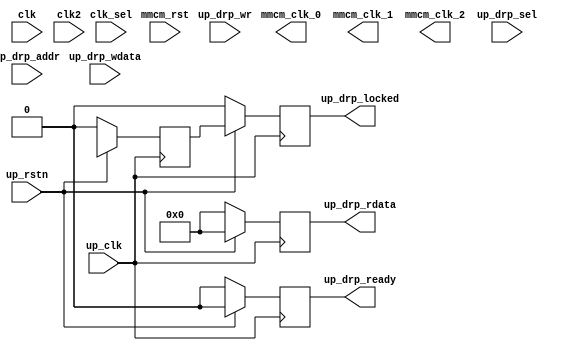
// ***************************************************************************
// ***************************************************************************
// Copyright (C) 2014-2023 Analog Devices, Inc. All rights reserved.
//
// In this HDL repository, there are many different and unique modules, consisting
// of various HDL (Verilog or VHDL) components. The individual modules are
// developed independently, and may be accompanied by separate and unique license
// terms.
//
// The user should read each of these license terms, and understand the
// freedoms and responsibilities that he or she has by using this source/core.
//
// This core is distributed in the hope that it will be useful, but WITHOUT ANY
// WARRANTY; without even the implied warranty of MERCHANTABILITY or FITNESS FOR
// A PARTICULAR PURPOSE.
//
// Redistribution and use of source or resulting binaries, with or without modification
// of this file, are permitted under one of the following two license terms:
//
//   1. The GNU General Public License version 2 as published by the
//      Free Software Foundation, which can be found in the top level directory
//      of this repository (LICENSE_GPL2), and also online at:
//      <https://www.gnu.org/licenses/old-licenses/gpl-2.0.html>
//
// OR
//
//   2. An ADI specific BSD license, which can be found in the top level directory
//      of this repository (LICENSE_ADIBSD), and also on-line at:
//      https://github.com/analogdevicesinc/hdl/blob/main/LICENSE_ADIBSD
//      This will allow to generate bit files and not release the source code,
//      as long as it attaches to an ADI device.
//
// ***************************************************************************
// ***************************************************************************
// MMCM_OR_BUFR_N with DRP and device specific

`timescale 1ns/100ps

module ad_mmcm_drp #(

  parameter   FPGA_TECHNOLOGY = 0,
  parameter   MMCM_CLKIN_PERIOD  = 1.667,
  parameter   MMCM_CLKIN2_PERIOD  = 1.667,
  parameter   MMCM_VCO_DIV  = 6,
  parameter   MMCM_VCO_MUL = 12.000,
  parameter   MMCM_CLK0_DIV = 2.000,
  parameter   MMCM_CLK0_PHASE = 0.000,
  parameter   MMCM_CLK1_DIV = 6,
  parameter   MMCM_CLK1_PHASE = 0.000,
  parameter   MMCM_CLK2_DIV = 2.000,
  parameter   MMCM_CLK2_PHASE = 0.000
) (

  // clocks

  input                   clk,
  input                   clk2,
  input                   clk_sel,
  input                   mmcm_rst,
  output                  mmcm_clk_0,
  output                  mmcm_clk_1,
  output                  mmcm_clk_2,

  // drp interface

  input                   up_clk,
  input                   up_rstn,
  input                   up_drp_sel,
  input                   up_drp_wr,
  input       [11:0]      up_drp_addr,
  input       [15:0]      up_drp_wdata,
  output  reg [15:0]      up_drp_rdata,
  output  reg             up_drp_ready,
  output  reg             up_drp_locked
);

  localparam  SEVEN_SERIES = 1;
  localparam  ULTRASCALE = 2;
  localparam  ULTRASCALE_PLUS = 3;

  // internal registers

  reg             up_drp_locked_m1 = 'd0;

  // internal signals

  wire            bufg_fb_clk_s;
  wire            mmcm_fb_clk_s;
  wire            mmcm_clk_0_s;
  wire            mmcm_clk_1_s;
  wire            mmcm_clk_2_s;
  wire            mmcm_locked_s;
  wire    [15:0]  up_drp_rdata_s;
  wire            up_drp_ready_s;

  // drp read and locked

  always @(posedge up_clk) begin
    if (up_rstn == 1'b0) begin
      up_drp_rdata <= 'd0;
      up_drp_ready <= 'd0;
      up_drp_locked_m1 <= 1'd0;
      up_drp_locked <= 1'd0;
    end else begin
      up_drp_rdata <= up_drp_rdata_s;
      up_drp_ready <= up_drp_ready_s;
      up_drp_locked_m1 <= mmcm_locked_s;
      up_drp_locked <= up_drp_locked_m1;
    end
  end

  // instantiations

  generate
  if (FPGA_TECHNOLOGY == SEVEN_SERIES) begin
    MMCME2_ADV #(
      .BANDWIDTH ("OPTIMIZED"),
      .CLKOUT4_CASCADE ("FALSE"),
      .COMPENSATION ("ZHOLD"),
      .STARTUP_WAIT ("FALSE"),
      .DIVCLK_DIVIDE (MMCM_VCO_DIV),
      .CLKFBOUT_MULT_F (MMCM_VCO_MUL),
      .CLKFBOUT_PHASE (0.000),
      .CLKFBOUT_USE_FINE_PS ("FALSE"),
      .CLKOUT0_DIVIDE_F (MMCM_CLK0_DIV),
      .CLKOUT0_PHASE (MMCM_CLK0_PHASE),
      .CLKOUT0_DUTY_CYCLE (0.500),
      .CLKOUT0_USE_FINE_PS ("FALSE"),
      .CLKOUT1_DIVIDE (MMCM_CLK1_DIV),
      .CLKOUT1_PHASE (MMCM_CLK1_PHASE),
      .CLKOUT1_DUTY_CYCLE (0.500),
      .CLKOUT1_USE_FINE_PS ("FALSE"),
      .CLKOUT2_DIVIDE (MMCM_CLK2_DIV),
      .CLKOUT2_PHASE (MMCM_CLK2_PHASE),
      .CLKOUT2_DUTY_CYCLE (0.500),
      .CLKOUT2_USE_FINE_PS ("FALSE"),
      .CLKIN1_PERIOD (MMCM_CLKIN_PERIOD),
      .CLKIN2_PERIOD (MMCM_CLKIN2_PERIOD),
      .REF_JITTER1 (0.010)
    ) i_mmcm (
      .CLKIN1 (clk),
      .CLKFBIN (bufg_fb_clk_s),
      .CLKFBOUT (mmcm_fb_clk_s),
      .CLKOUT0 (mmcm_clk_0_s),
      .CLKOUT1 (mmcm_clk_1_s),
      .CLKOUT2 (mmcm_clk_2_s),
      .LOCKED (mmcm_locked_s),
      .DCLK (up_clk),
      .DEN (up_drp_sel),
      .DADDR (up_drp_addr[6:0]),
      .DWE (up_drp_wr),
      .DI (up_drp_wdata),
      .DO (up_drp_rdata_s),
      .DRDY (up_drp_ready_s),
      .CLKFBOUTB (),
      .CLKOUT0B (),
      .CLKOUT1B (),
      .CLKOUT2B (),
      .CLKOUT3 (),
      .CLKOUT3B (),
      .CLKOUT4 (),
      .CLKOUT5 (),
      .CLKOUT6 (),
      .CLKIN2 (clk2),
      .CLKINSEL (clk_sel),
      .PSCLK (1'b0),
      .PSEN (1'b0),
      .PSINCDEC (1'b0),
      .PSDONE (),
      .CLKINSTOPPED (),
      .CLKFBSTOPPED (),
      .PWRDWN (1'b0),
      .RST (mmcm_rst));

      BUFG i_fb_clk_bufg (
        .I (mmcm_fb_clk_s),
        .O (bufg_fb_clk_s));

      BUFG i_clk_0_bufg (
        .I (mmcm_clk_0_s),
        .O (mmcm_clk_0));

      BUFG i_clk_1_bufg (
        .I (mmcm_clk_1_s),
        .O (mmcm_clk_1));

      BUFG i_clk_2_bufg (
        .I (mmcm_clk_2_s),
        .O (mmcm_clk_2));

  end else if (FPGA_TECHNOLOGY == ULTRASCALE) begin
    MMCME3_ADV #(
      .BANDWIDTH ("OPTIMIZED"),
      .CLKOUT4_CASCADE ("FALSE"),
      .COMPENSATION ("AUTO"),
      .STARTUP_WAIT ("FALSE"),

      .DIVCLK_DIVIDE (MMCM_VCO_DIV),
      .CLKFBOUT_MULT_F (MMCM_VCO_MUL),
      .CLKFBOUT_PHASE (0.000),
      .CLKFBOUT_USE_FINE_PS ("FALSE"),
      .CLKOUT0_DIVIDE_F (MMCM_CLK0_DIV),
      .CLKOUT0_PHASE (MMCM_CLK0_PHASE),
      .CLKOUT0_DUTY_CYCLE (0.500),
      .CLKOUT0_USE_FINE_PS ("FALSE"),
      .CLKOUT1_DIVIDE (MMCM_CLK1_DIV),
      .CLKOUT1_PHASE (MMCM_CLK1_PHASE),
      .CLKOUT1_DUTY_CYCLE (0.500),
      .CLKOUT1_USE_FINE_PS ("FALSE"),
      .CLKOUT2_DIVIDE (MMCM_CLK2_DIV),
      .CLKOUT2_PHASE (MMCM_CLK2_PHASE),
      .CLKOUT2_DUTY_CYCLE (0.500),
      .CLKOUT2_USE_FINE_PS ("FALSE"),
      .CLKIN1_PERIOD (MMCM_CLKIN_PERIOD),
      .CLKIN2_PERIOD (MMCM_CLKIN2_PERIOD),
      .REF_JITTER1 (0.010)
    ) i_mmcme3 (
      .CLKIN1 (clk),
      .CLKFBIN (bufg_fb_clk_s),
      .CLKFBOUT (mmcm_fb_clk_s),
      .CLKOUT0 (mmcm_clk_0_s),
      .CLKOUT1 (mmcm_clk_1_s),
      .CLKOUT2 (mmcm_clk_2_s),
      .LOCKED (mmcm_locked_s),
      .DCLK (up_clk),
      .DEN (up_drp_sel),
      .DADDR (up_drp_addr[6:0]),
      .DWE (up_drp_wr),
      .DI (up_drp_wdata),
      .DO (up_drp_rdata_s),
      .DRDY (up_drp_ready_s),
      .CLKFBOUTB (),
      .CLKOUT0B (),
      .CLKOUT1B (),
      .CLKOUT2B (),
      .CLKOUT3 (),
      .CLKOUT3B (),
      .CLKOUT4 (),
      .CLKOUT5 (),
      .CLKOUT6 (),
      .CLKIN2 (clk2),
      .CLKINSEL (clk_sel),
      .PSCLK (1'b0),
      .PSEN (1'b0),
      .PSINCDEC (1'b0),
      .PSDONE (),
      .CLKINSTOPPED (),
      .CLKFBSTOPPED (),
      .PWRDWN (1'b0),
      .CDDCREQ (1'b0),
      .CDDCDONE (),
      .RST (mmcm_rst));

      BUFG i_fb_clk_bufg (
        .I (mmcm_fb_clk_s),
        .O (bufg_fb_clk_s));

      BUFG i_clk_0_bufg (
        .I (mmcm_clk_0_s),
        .O (mmcm_clk_0));

      BUFG i_clk_1_bufg (
        .I (mmcm_clk_1_s),
        .O (mmcm_clk_1));

      BUFG i_clk_2_bufg (
        .I (mmcm_clk_2_s),
        .O (mmcm_clk_2));

  end else if (FPGA_TECHNOLOGY == ULTRASCALE_PLUS) begin
    MMCME4_ADV #(
      .BANDWIDTH ("OPTIMIZED"),
      .CLKOUT4_CASCADE ("FALSE"),
      .COMPENSATION ("AUTO"),
      .STARTUP_WAIT ("FALSE"),

      .DIVCLK_DIVIDE (MMCM_VCO_DIV),
      .CLKFBOUT_MULT_F (MMCM_VCO_MUL),
      .CLKFBOUT_PHASE (0.000),
      .CLKFBOUT_USE_FINE_PS ("FALSE"),
      .CLKOUT0_DIVIDE_F (MMCM_CLK0_DIV),
      .CLKOUT0_PHASE (MMCM_CLK0_PHASE),
      .CLKOUT0_DUTY_CYCLE (0.500),
      .CLKOUT0_USE_FINE_PS ("FALSE"),
      .CLKOUT1_DIVIDE (MMCM_CLK1_DIV),
      .CLKOUT1_PHASE (MMCM_CLK1_PHASE),
      .CLKOUT1_DUTY_CYCLE (0.500),
      .CLKOUT1_USE_FINE_PS ("FALSE"),
      .CLKOUT2_DIVIDE (MMCM_CLK2_DIV),
      .CLKOUT2_PHASE (MMCM_CLK2_PHASE),
      .CLKOUT2_DUTY_CYCLE (0.500),
      .CLKOUT2_USE_FINE_PS ("FALSE"),
      .CLKIN1_PERIOD (MMCM_CLKIN_PERIOD),
      .CLKIN2_PERIOD (MMCM_CLKIN2_PERIOD)
    ) i_mmcme4 (
      .CLKIN1 (clk),
      .CLKFBIN (bufg_fb_clk_s),
      .CLKFBOUT (mmcm_fb_clk_s),
      .CLKOUT0 (mmcm_clk_0_s),
      .CLKOUT1 (mmcm_clk_1_s),
      .CLKOUT2 (mmcm_clk_2_s),
      .LOCKED (mmcm_locked_s),
      .DCLK (up_clk),
      .DEN (up_drp_sel),
      .DADDR (up_drp_addr[6:0]),
      .DWE (up_drp_wr),
      .DI (up_drp_wdata),
      .DO (up_drp_rdata_s),
      .DRDY (up_drp_ready_s),
      .CLKFBOUTB (),
      .CLKOUT0B (),
      .CLKOUT1B (),
      .CLKOUT2B (),
      .CLKOUT3 (),
      .CLKOUT3B (),
      .CLKOUT4 (),
      .CLKOUT5 (),
      .CLKOUT6 (),
      .CLKIN2 (clk2),
      .CLKINSEL (clk_sel),
      .PSCLK (1'b0),
      .PSEN (1'b0),
      .PSINCDEC (1'b0),
      .PSDONE (),
      .CLKINSTOPPED (),
      .CLKFBSTOPPED (),
      .PWRDWN (1'b0),
      .CDDCREQ (1'b0),
      .CDDCDONE (),
      .RST (mmcm_rst));

      BUFG i_fb_clk_bufg (
        .I (mmcm_fb_clk_s),
        .O (bufg_fb_clk_s));

      BUFG i_clk_0_bufg (
        .I (mmcm_clk_0_s),
        .O (mmcm_clk_0));

      BUFG i_clk_1_bufg (
        .I (mmcm_clk_1_s),
        .O (mmcm_clk_1));

      BUFG i_clk_2_bufg (
        .I (mmcm_clk_2_s),
        .O (mmcm_clk_2));

  end
  endgenerate

endmodule